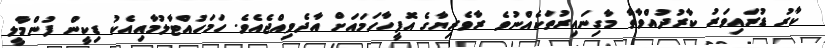
ކާރު ޑުރައިވަރު ކާރުދުއްވާތާ މާގިނައިރުތަކެއްނުވެ ރާވެރިޔާގެ އޮފީހާހަމައަށް އާދެވިއްޖެއެވެ. ހަމަހުއްޓާލުމާއިއެކު ޑިކީން ފުންމާލީ